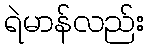
ရဲမာန်လည်း